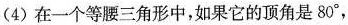
(4)在一个等腰三角形中，如果它的顶角是80°，